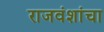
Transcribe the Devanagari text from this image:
राजवंशांचा